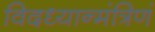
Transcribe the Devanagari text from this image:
विदध्यान्मंत्रिणं